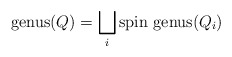
\begin{align*}\operatorname{genus}(Q)=\bigsqcup_i\operatorname{spin\ genus}(Q_i)\end{align*}